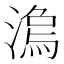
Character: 𣻍